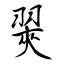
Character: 翜